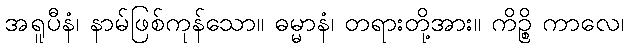
အရူပီနံ၊ နာမ်ဖြစ်ကုန်သော။ ဓမ္မာနံ၊ တရားတို့အား။ ကိဉ္စိ ကာလေ၊